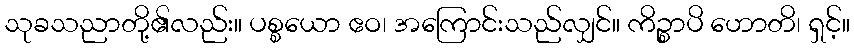
သုခသညာတို့၏လည်း။ ပစ္စယော ဧဝ၊ အကြောင်းသည်လျှင်။ ကိဉ္စာပိ ဟောတိ၊ ရှင့်။